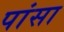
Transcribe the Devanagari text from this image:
पांसा